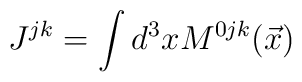
J^{jk} = \int d^3 x M^{0jk} (\vec{x})